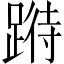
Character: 𨃉